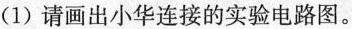
(1)请画出小华连接的实验电路图。